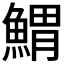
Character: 𩹂